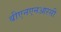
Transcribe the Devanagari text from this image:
बीएनएनआरसी